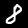
Digit: 8